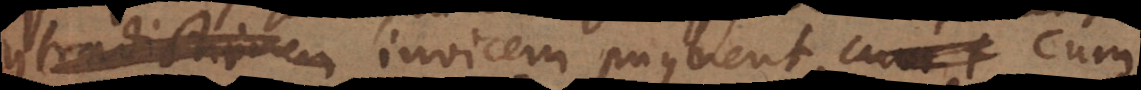
contradictionem invicem pugnent, cum